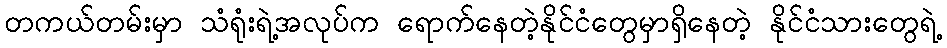
တကယ်တမ်းမှာ သံရုံးရဲ့အလုပ်က ရောက်နေတဲ့နိုင်ငံတွေမှာရှိနေတဲ့ နိုင်ငံသားတွေရဲ့